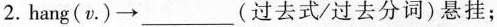
2.hang(v\cdot )\to ___(过去式/过去分词)悬挂；